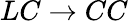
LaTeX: LC\to CC